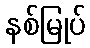
နစ်မြုပ်